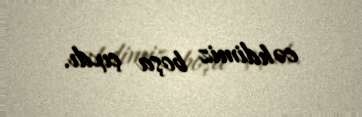
cəhdimiz boşa çıxdı.